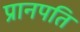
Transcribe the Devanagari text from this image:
प्रानपति